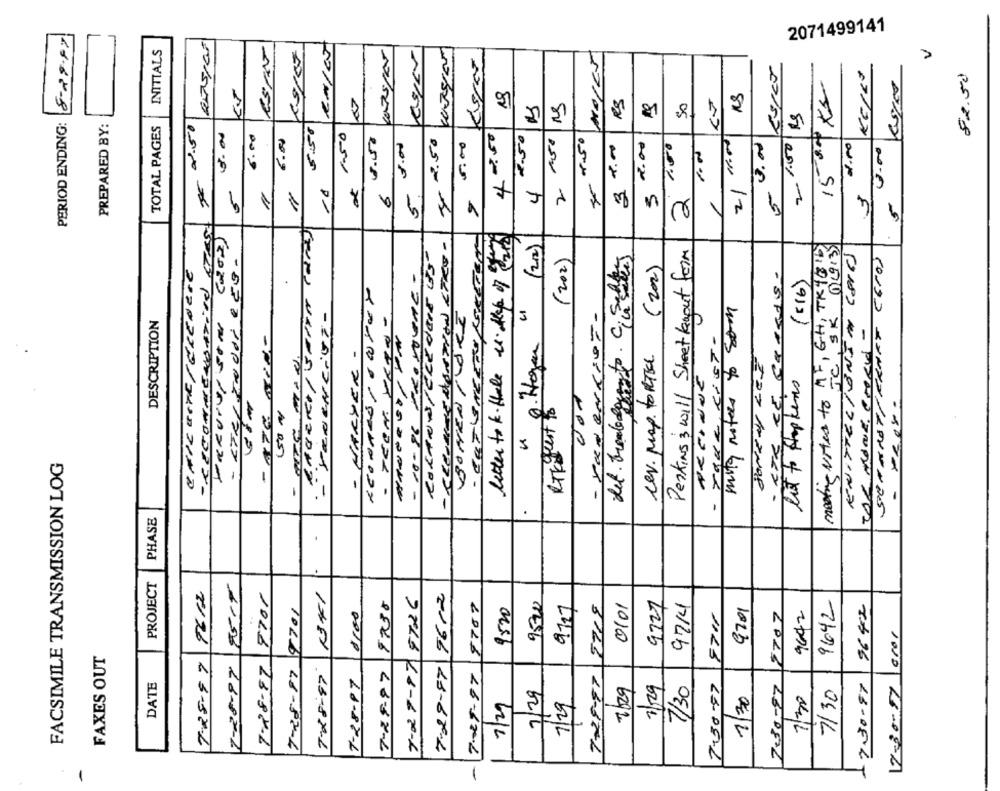
8-29.97
2071499141
INITIALS
82.50
15 99 xs
RS
PERIOD ENDING:
PREPARED BY:
TOTAL PAGES
2.50
5:50
3. 00
150
4.50
40.50
2.50
2. 150
4.50
6.00
€ 2.50
.5 ...
2.00
2 200
3.00
2.00
2.00
37.00
4.00
4
21.
5
6
5
3
1
5
n
( 202 )
letter to k. Habe is. ellep of arts
(22)
mesine vites to MF, GH, TK 1016
'C', SK 19 13)
RoLANW/ CEE derE 55-
Perkins 3 will Sheet kaout form
ENITTECIONEM CONT)
(202)
det. treabalgen to ciclistas
SCHARSTIRRARE CETO)
cev. prop. forThe (202)
CRICKETE/GRENZTE
- 10-86 -ROHOUNE -
ETE DE CARROS.
(5 16)
- PanenKiOF-
mitg notes to som
- SENENCiVE-
BOMEN MORE
DESCRIPTION
3
- ATE KIN-
- Toda, KiST-
- TECH. VRA
- MARYER -
RT quest to
50%
de
FACSIMILE TRANSMISSION LOG
3
-
PHASE
-
PROJECT
9612
9701
7-27-87 9726
9612
9520
9721
9642
7-28-87 9701
8767
9520
9727
5719
0101
9714
9701
9642
0100
9711
9642
FAXES OUT
7-25-97
7-28-97
7-28-87
7-29-87
7-28-97
7-29-97
DATE
7-28-87
7-28-97
728-97
7.30-97
2/29
1/29
7-50-57
7.30-87
17-30-07
7/29
7/30
7130
7/29
7/29
1/30
1/30
-